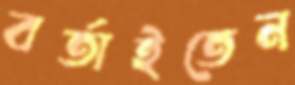
বর্তাইতেন